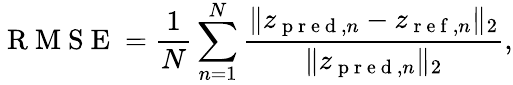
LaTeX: \mathrm{~R~M~S~E~}=\frac{1}{N}\sum_{n=1}^{N}\frac{\| z_{\mathrm{~p~r~e~d~},n}-z_{\mathrm{~r~e~f~},n}\| _{2}}{\| z_{\mathrm{~p~r~e~d~},n}\| _{2}},